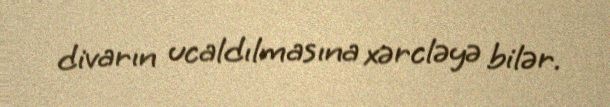
divarın ucaldılmasına xərcləyə bilər.